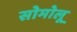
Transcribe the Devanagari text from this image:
सोमोलू